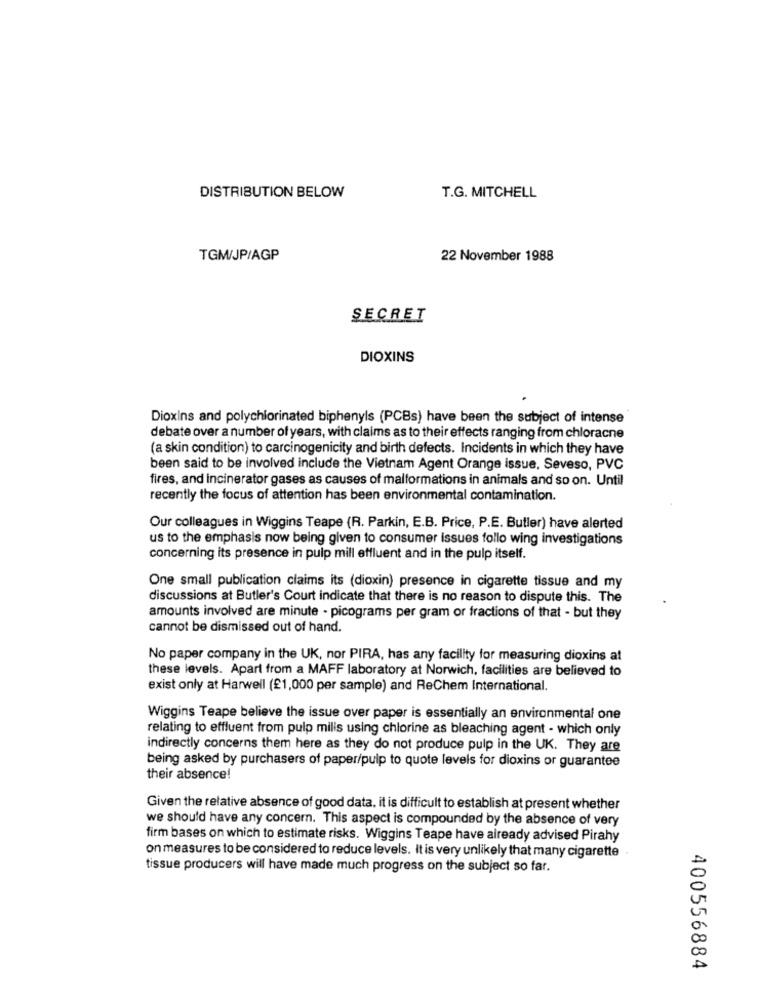
DISTRIBUTION BELOW
T.G. MITCHELL
TGM/JP/AGP
22 November 1988
SECRET
DIOXINS
DioxIns and polychlorinated biphenyls (PCBs) have been the subject of intense
debate over a number of years, with claims as to their effects ranging from chloracne
(a skin condition) to carcinogenicity and birth defects. Incidents in which they have
been said to be involved include the Vietnam Agent Orange issue, Seveso, PVC
fires, and incinerator gases as causes of malformations in animals and so on. Until
recently the focus of attention has been environmental contamination.
Our colleagues in Wiggins Teape (R. Parkin, E.B. Price, P.E. Butler) have alerted
us to the emphasis now being given to consumer issues follo wing investigations
concerning its presence in pulp mill effluent and in the pulp itself.
One small publication claims its (dioxin) presence in cigarette tissue and my
discussions at Butler's Court indicate that there is no reason to dispute this. The
amounts involved are minute - picograms per gram or fractions of that - but they
cannot be dismissed out of hand.
No paper company in the UK, nor PIRA, has any facility for measuring dioxins at
these levels. Apart from a MAFF laboratory at Norwich, facilities are believed to
exist only at Harwell (£1,000 per sample) and ReChem International.
Wiggins Teape believe the issue over paper is essentially an environmental one
relating to effluent from pulp mills using chlorine as bleaching agent - which only
indirectly concerns them here as they do not produce pulp in the UK. They are
being asked by purchasers of paper/pulp to quote levels for dioxins or guarantee
their absence!
Given the relative absence of good data, it is difficult to establish at present whether
we should have any concern. This aspect is compounded by the absence of very
firm bases on which to estimate risks. Wiggins Teape have already advised Pirahy
on measures to be considered to reduce levels. It is very unlikely that many cigarette
tissue producers will have made much progress on the subject so far.
400556884